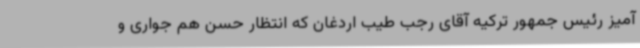
آمیز رئیس جمهور ترکیه آقای رجب طیب اردغان که انتظار حسن هم جواری و